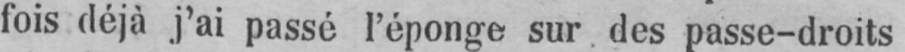
fois déjà j’ai passé l’éponge sur des passe-droits